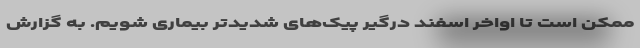
ممکن است تا اواخر اسفند درگیر پیک‌های شدیدتر بیماری شویم. به گزارش